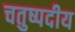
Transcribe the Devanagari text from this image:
चतुष्पदीय